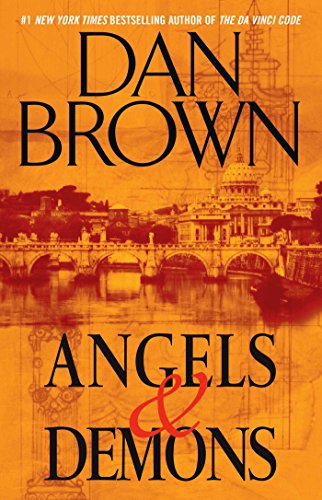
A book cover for Angels & Demons: A Novel (Robert Langdon); Dan Brown; Mystery, Thriller & Suspense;